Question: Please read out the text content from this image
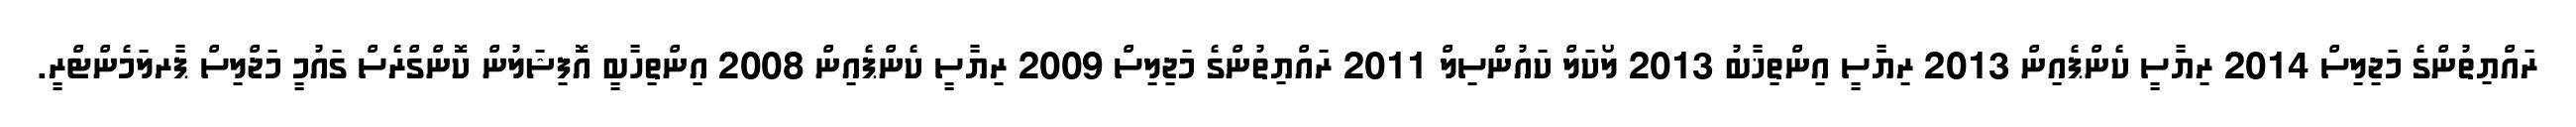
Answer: ރައްޔިތުންގެ މަޖިލިސް 2014 ރިޔާސީ ކެންޕެއިން 2013 ރިޔާސީ އިންތިޚާބު 2013 ލޯކަލް ކައުންސިލް 2011 ރައްޔިތުންގެ މަޖިލިސް 2009 ރިޔާސީ ކެންޕެއިން 2008 އިންތިހާބީ އޮފިޝަލުން ކޮންގްރެސް ގައުމީ މަޖްލިސް ޕާރލަމެންޓްރީ.